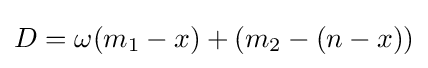
D=\omega (m_{1}-x)+(m_{2}-(n-x))